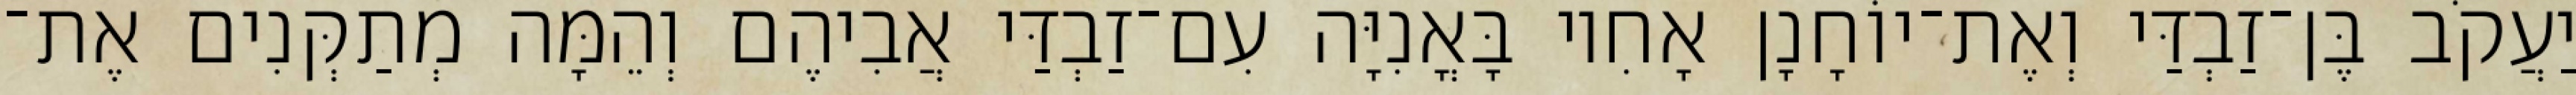
יַעֲקֹב בֶּן־זַבְדַּי וְאֶת־יוֹחָנָן אָחִיו בָּאֳנִיָּה עִם־זַבְדַּי אֲבִיהֶם וְהֵמָּה מְתַקְּנִים אֶת־